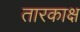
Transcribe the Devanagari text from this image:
तारकाक्ष